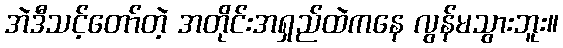
အဲဒီသင့်တော်တဲ့ အတိုင်းအရှည်ထဲကနေ လွန်မသွားဘူး။